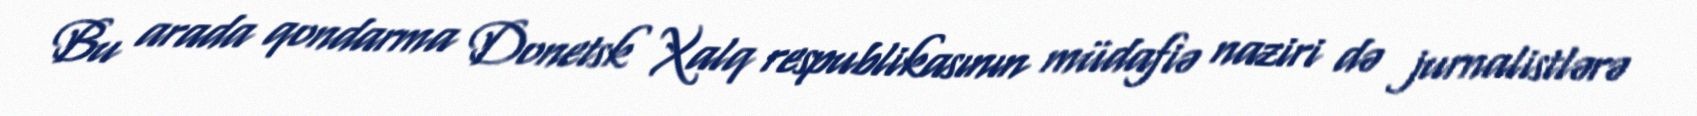
Bu arada qondarma Donetsk Xalq respublikasının müdafiə naziri də jurnalistlərə